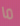
ما